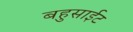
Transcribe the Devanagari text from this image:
बहुसाईट